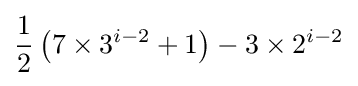
{\frac {1}{2}}\left(7\times 3^{i-2}+1\right)-3\times 2^{i-2}